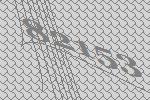
82153